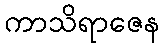
ကာသိရာဇေန